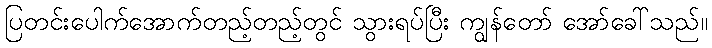
ပြတင်းပေါက်အောက်တည့်တည့်တွင် သွားရပ်ပြီး ကျွန်တော် အော်ခေါ်သည်။